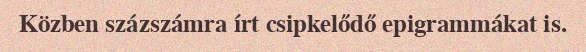
Közben százszámra írt csipkelődő epigrammákat is.